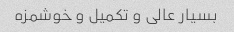
بسیار عالی و تکمیل و خوشمزه